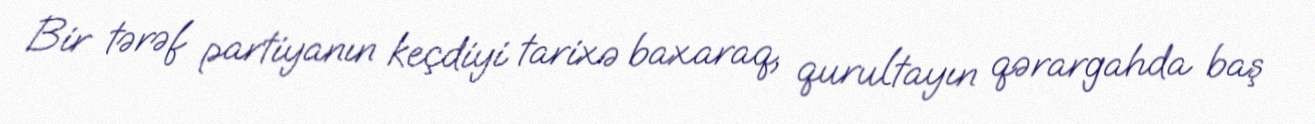
Bir tərəf partiyanın keçdiyi tarixə baxaraq, qurultayın qərargahda baş